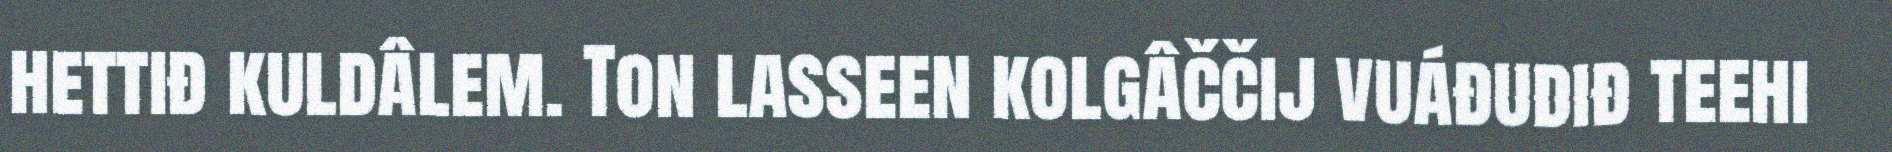
hettiđ kuldâlem. Ton lasseen kolgâččij vuáđudiđ teehi